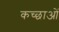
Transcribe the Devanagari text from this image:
कच्छाओं